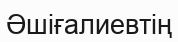
Әшіғалиевтің